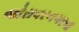
જોરાવરનગરના